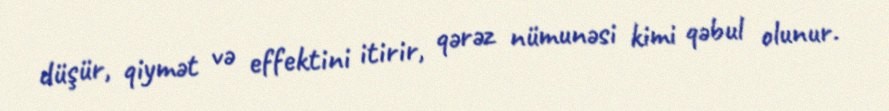
düşür, qiymət və effektini itirir, qərəz nümunəsi kimi qəbul olunur.